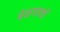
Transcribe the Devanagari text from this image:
बेळगावचें